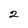
Character: 2